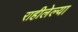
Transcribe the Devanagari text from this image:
राहीलेल्‍या